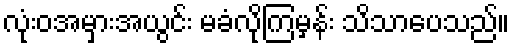
လုံးဝအမှားအယွင်း မခံလိုကြမှန်း သိသာပေသည်။